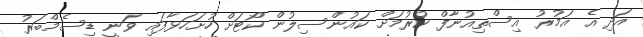
އަދި އެ އަމުރު އިސްތިއުނާފް ކުރުމަށް ކައުންސިލުން ކޯޓަށް ހުށަހަޅާފައި ވަނީ ޑިސެމްބަރު